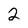
Character: 2